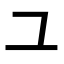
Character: ユ